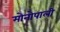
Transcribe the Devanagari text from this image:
मोनोपाली